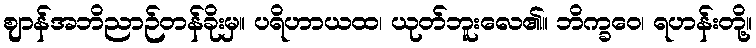
ဈာန်အဘိညာဉ်တန်ခိုးမှ။ ပရိဟာယထ၊ ယုတ်ဘူးလေ၏။ ဘိက္ခဝေ၊ ရဟန်းတို့။